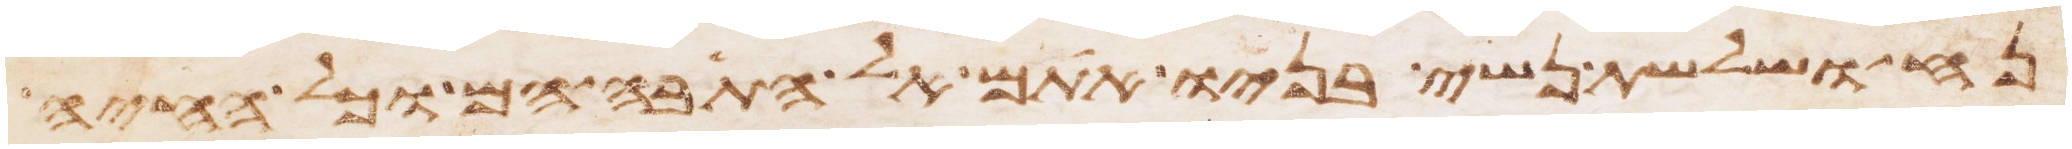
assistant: נח ושלשת נשי בניו אתם אל התבה הם וכל החיה